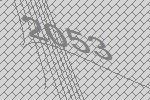
2053